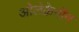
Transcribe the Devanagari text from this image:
ओलेक्रेनॉन